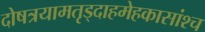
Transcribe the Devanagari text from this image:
दोषत्रयामतृड्दाहमेहकासांश्च